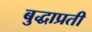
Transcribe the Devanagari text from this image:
बुद्धाप्रती